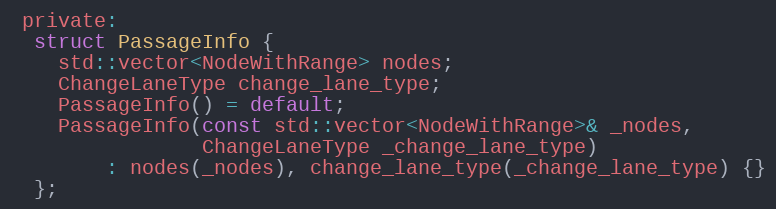
Language: C
 private:
  struct PassageInfo {
    std::vector<NodeWithRange> nodes;
    ChangeLaneType change_lane_type;
    PassageInfo() = default;
    PassageInfo(const std::vector<NodeWithRange>& _nodes,
                ChangeLaneType _change_lane_type)
        : nodes(_nodes), change_lane_type(_change_lane_type) {}
  };